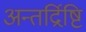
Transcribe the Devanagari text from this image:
अन्तर्द्रिष्टि